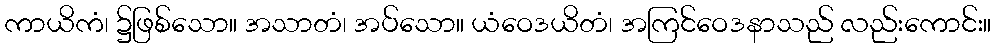
ကာယိကံ၊ ၌ဖြစ်သော။ အသာတံ၊ အပ်သော။ ယံဝေဒယိတံ၊ အကြင်ဝေဒနာသည် လည်းကောင်း။